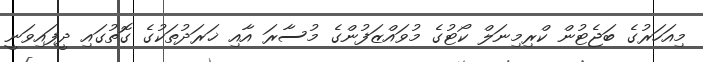
މިއަހަރުގެ ބަޖެޓުން ކްރިމިނަލް ކޯޓުގެ މުވައްޒަފުންގެ މުސާރަ އާއި ޚަރަދުތަކުގެ ގޮތުގައި ދީފައިވަނީ